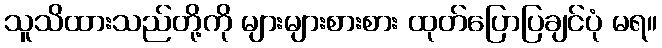
သူသိထားသည်တို့ကို များများစားစား ထုတ်ပြောပြချင်ပုံ မရ။